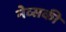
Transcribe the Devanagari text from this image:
नेव्सकी